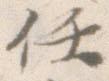
任